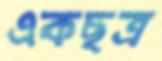
একছত্র